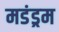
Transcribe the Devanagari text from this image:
मडंड्रम